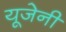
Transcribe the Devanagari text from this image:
यूजेनी